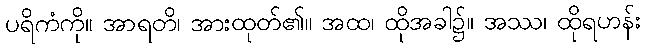
ပရိကံကို။ အာရတိ၊ အားထုတ်၏။ အထ၊ ထိုအခါ၌။ အဿ၊ ထိုရဟန်း